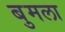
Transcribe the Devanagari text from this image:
बुमला